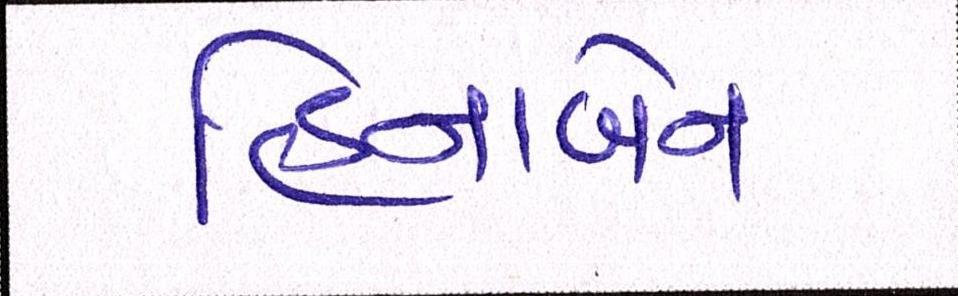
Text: હિનાબેન